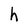
Character: h